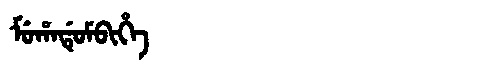
Manchu: ᠮᡠᡥᠠᡩᡠᠮᠪᡳᡥᡝ
Romanization: MUHADUMBIHE